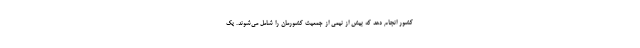
کشور انجام دهد که بیش از نیمی از جمعیت کشورمان را شامل می‌شوند. یک